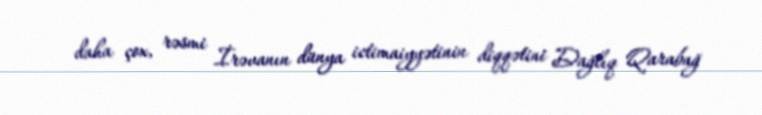
daha çox, rəsmi İrəvanın dünya ictimaiyyətinin diqqətini Dağlıq Qarabağ